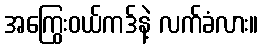
အကြွေးဝယ်ကဒ်နဲ့ လက်ခံလား။